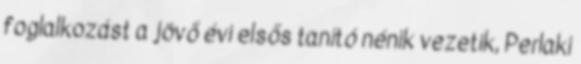
foglalkozást a jövő évi elsős tanító nénik vezetik, Perlaki